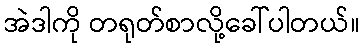
အဲဒါကို တရုတ်စာလို့ခေါ်ပါတယ်။